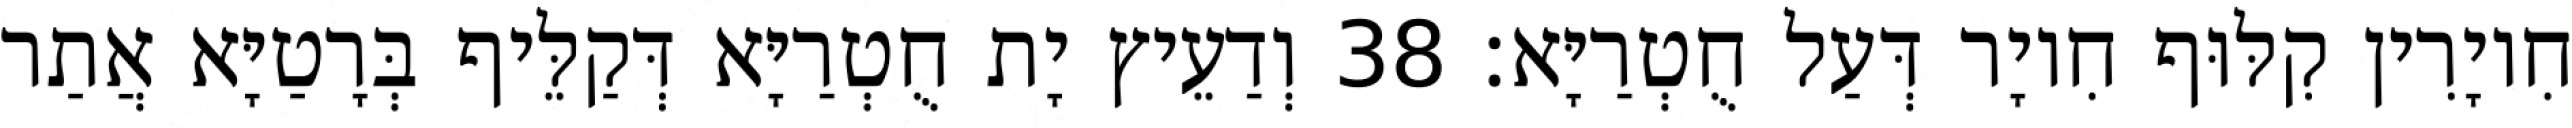
חִיוָרִין קִלּוּף חִיוָר דְּעַל חֻטְרַיָּא׃ 38 וְדַעֵיץ יָת חֻטְרַיָּא דְּקַלֵּיף בְּרָטַיָּא אֲתַר